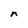
Character: n